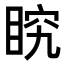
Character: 𭾶